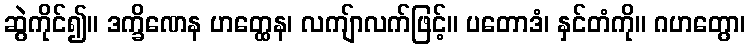
ဆွဲကိုင်၍။ ဒက္ခိဏေန ဟတ္ထေန၊ လကျ်ာလက်ဖြင့်။ ပတောဒံ၊ နှင်တံကို။ ဂဟတွော၊